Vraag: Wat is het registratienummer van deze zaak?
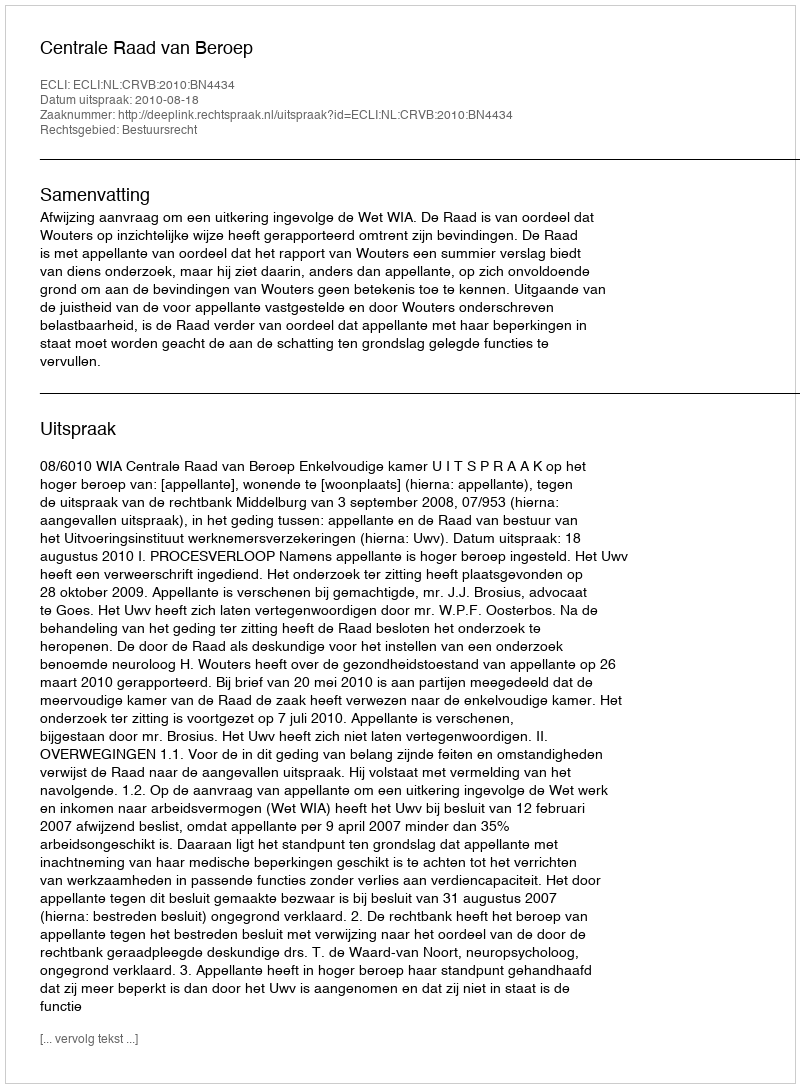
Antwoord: http://deeplink.rechtspraak.nl/uitspraak?id=ECLI:NL:CRVB:2010:BN4434